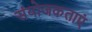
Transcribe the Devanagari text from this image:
संयोजकताएं